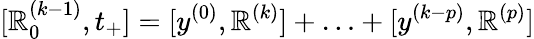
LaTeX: [\mathbb{R}_{0}^{(k-1)},t_{+}]=[y^{(0)},\mathbb{R}^{(k)}]+\ldots+[y^{(k-p)},\mathbb{R}^{(p)}]